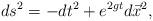
LaTeX: \begin{align*}ds^{2}=-dt^{2}+e^{2gt}d\vec{x}^{2}, \end{align*}